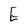
Character: E